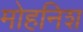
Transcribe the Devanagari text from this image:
मोहनिश